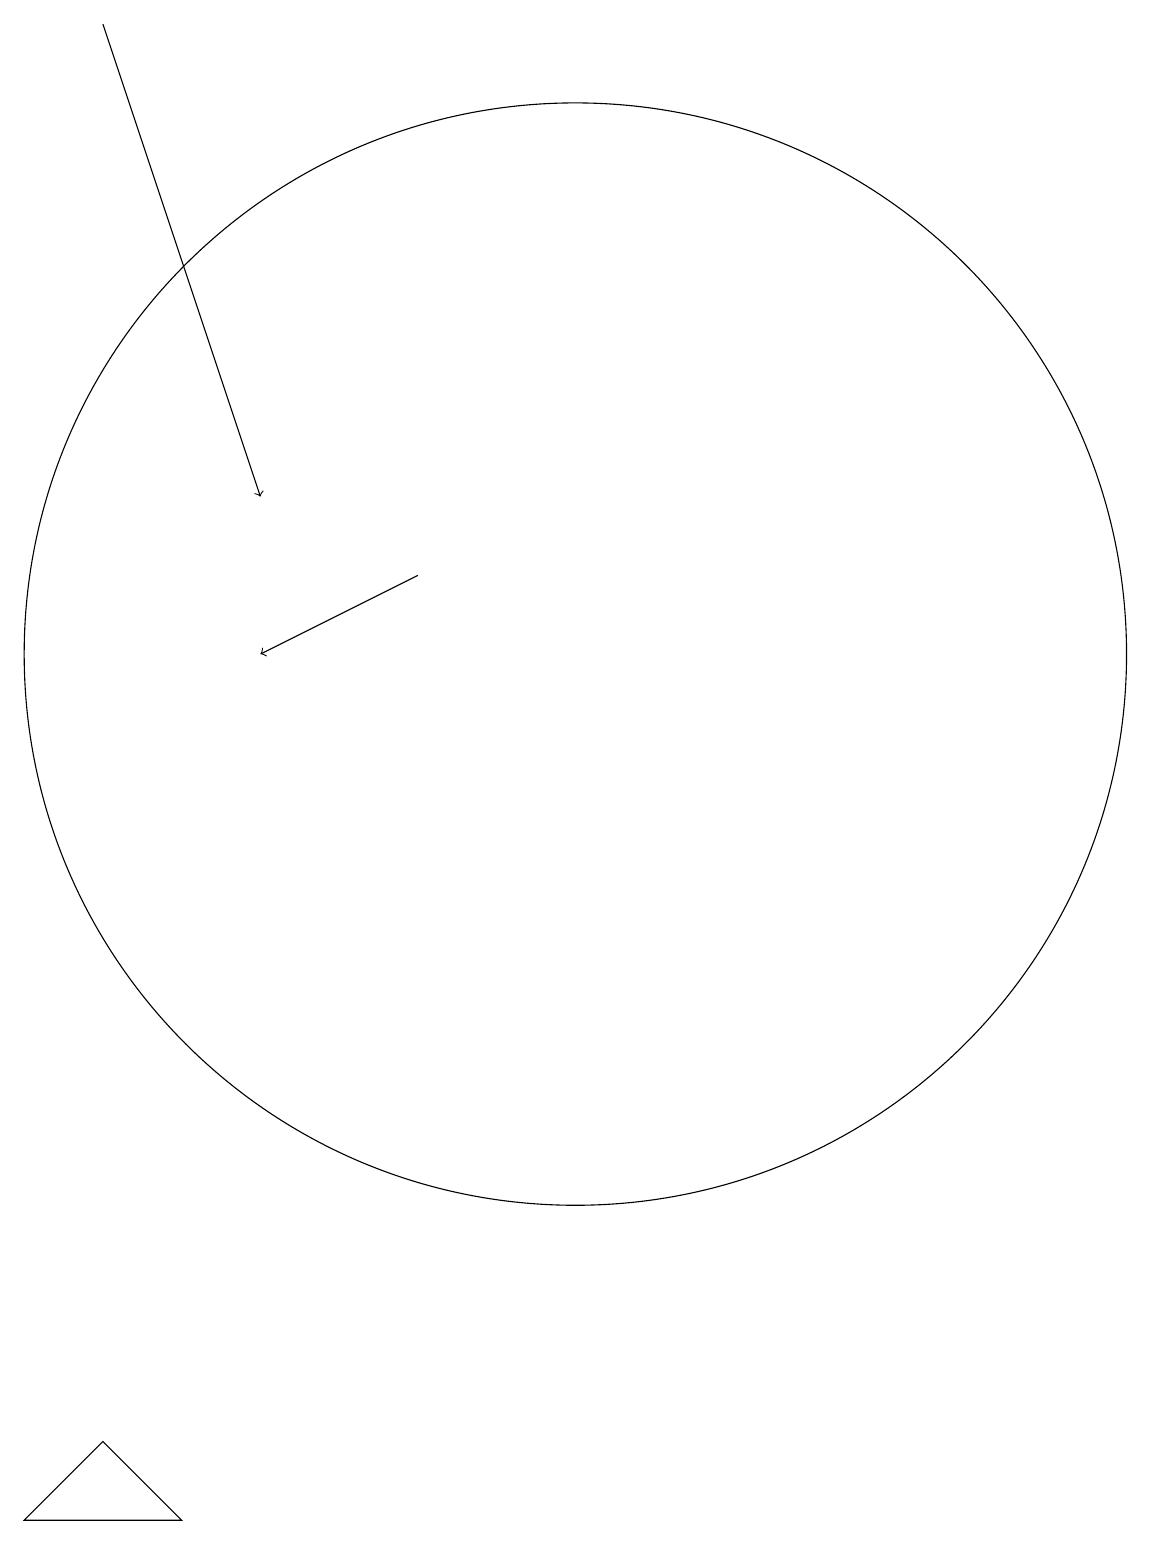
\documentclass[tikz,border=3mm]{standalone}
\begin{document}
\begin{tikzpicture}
\draw (6,0) -- (4,0) -- (5,1) -- cycle;
\draw (11,11) circle (7);
\draw[->] (9,12) -- (7,11);
\draw[->] (5,19) -- (7,13);
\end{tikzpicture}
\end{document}